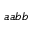
a a b b